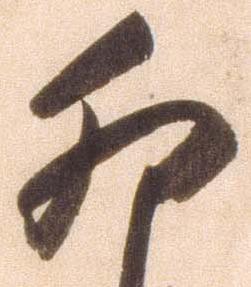
卯